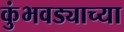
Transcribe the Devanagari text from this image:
कुंभवड्याच्या